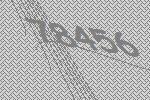
78456